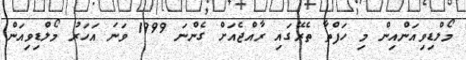
މޯލްޑިވިއަންއިން މި ހަފްތާ ތެރޭގައި ރާއްޖެއަށް ގެންނަ 1999 ވަނަ އަހަރު މޯލްޑިވިއަން